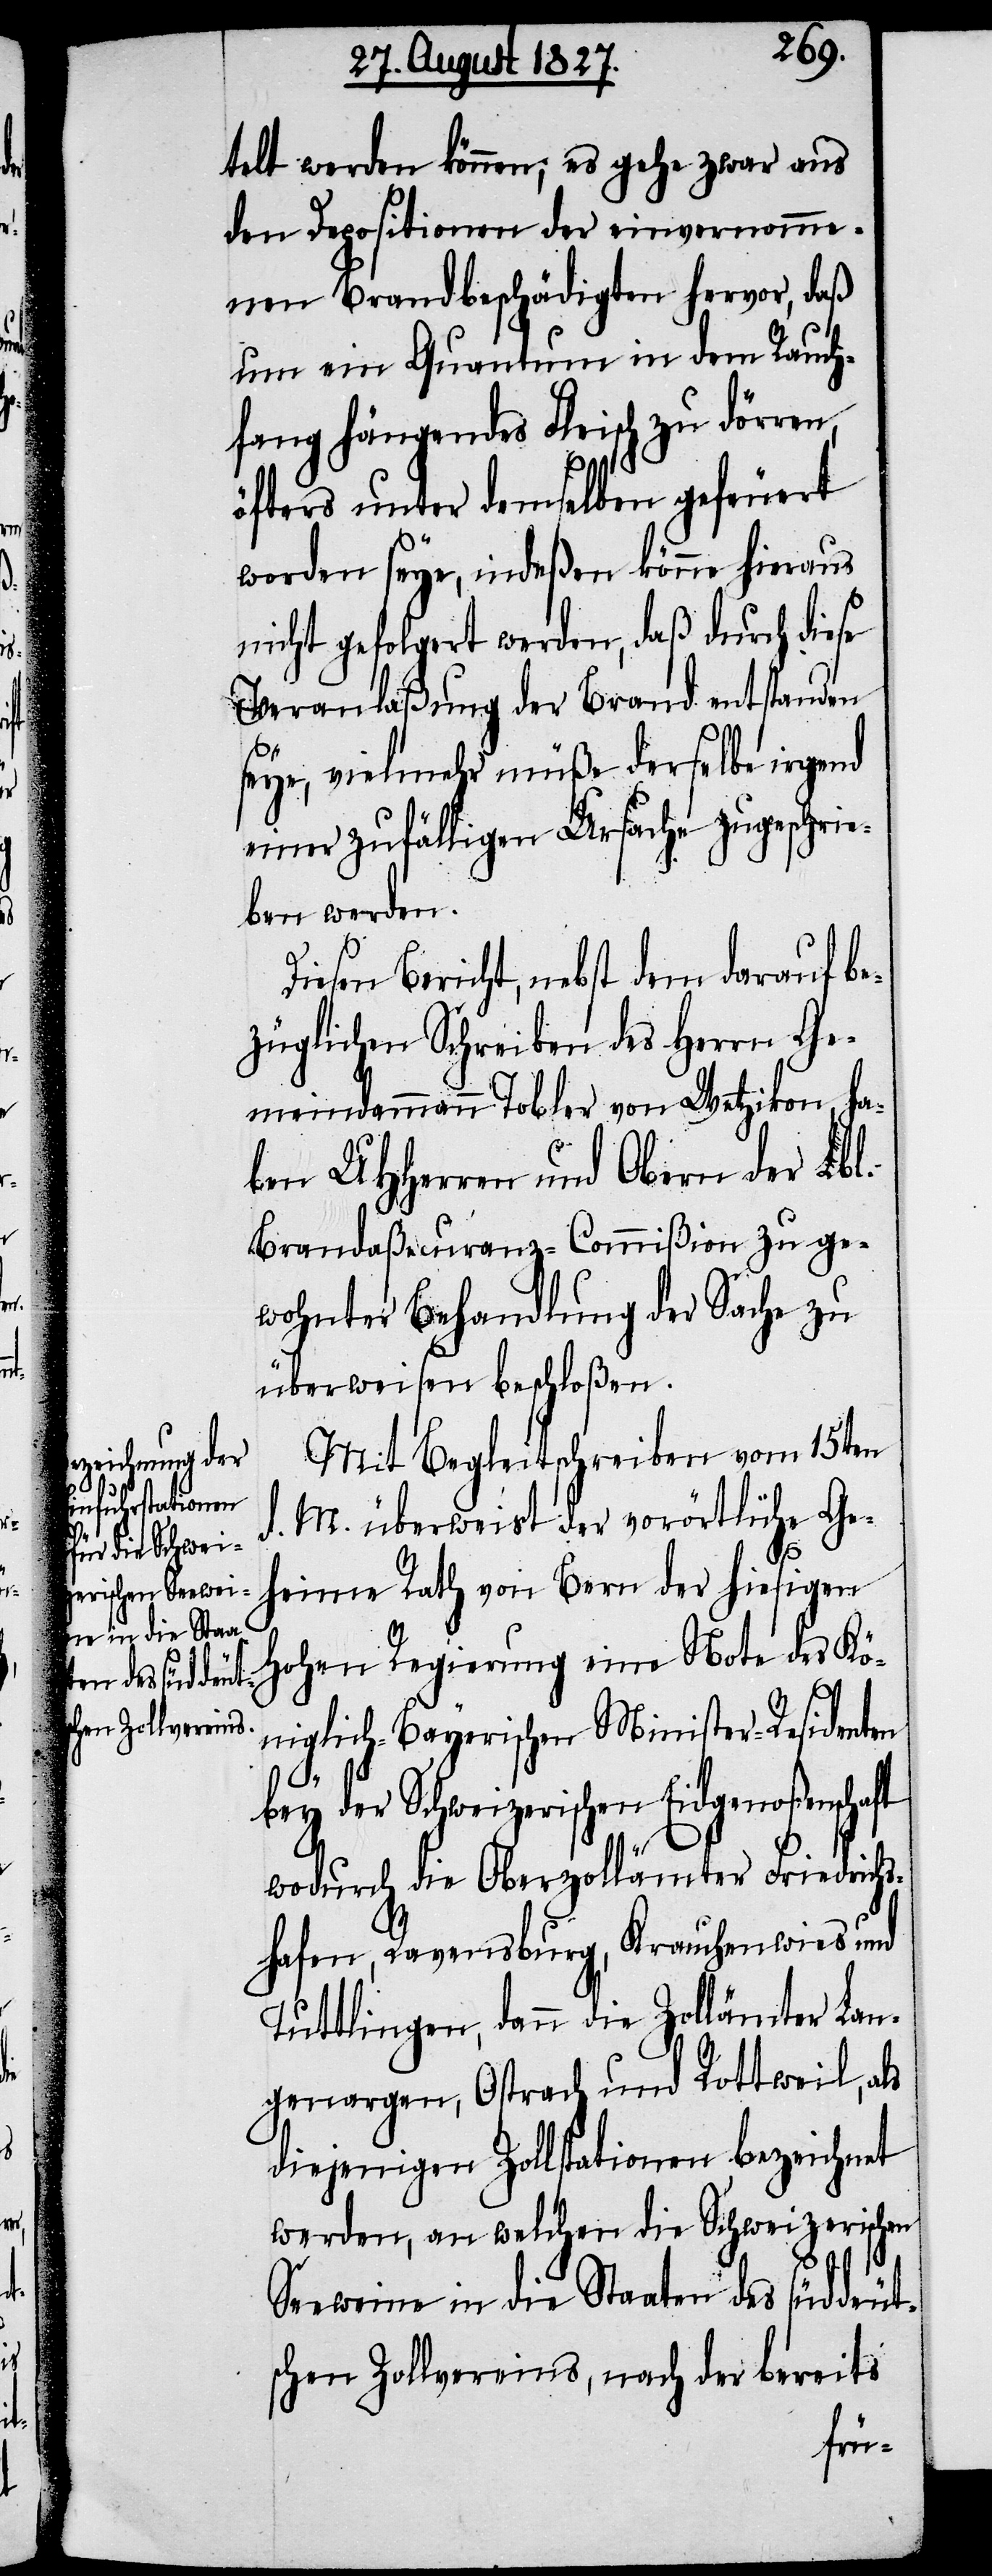
telt werden können; es gehe zwar aus
den Depositionen der einvernomme¬
nen Brandbeschädigten hervor, daß
um ein Quantum in dem Rauch¬
fang hängendes Fleisch zu dörren,
öfters unter demselben gefeuert
worden seye, indeßen könne hieraus
nicht gefolgert werden, daß durch diese
Veranlaßung der Brand entstanden
seye, vielmehr müße derselbe irgend
einer zufälligen Ursache zugeschrie¬
ben werden.
Diesen Bericht, nebst dem darauf be¬
züglichen Schreiben des Herrn Ge¬
meindammann Tobler von Wetzikon, ha¬
ben UHHerren und Obern der Lbl.
Brandaßecuranz-Commißion zu ge¬
wohnter Behandlung der Sache zu
überweisen beschloßen.
Mit Begleitschreiben vom 15ten
d. M. überweist der vorörtlich Ge¬
heime Rath von Bern der hiesigen
Hohen Regierung
niglich-Bayerischen Minister-Residenten
Kö¬
bey der Schweizerischen Eidgenoßenschaft
wodurch die Oberzollämter Friedrichs¬
hafen, Ravensburg, Krauchenwies und
Tuttlingen, dann die Zollämter Lan¬
genargen, Ostrach und Rottweil, als
diejenigen Zollstationen bezeichnet
werden, an welchen die Schweizerischen
Seeweine in die Staaten des süddeut¬
schen Zollvereins, nach der bereits
eine